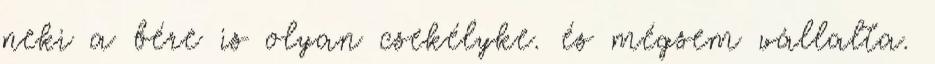
neki a bére is olyan csekélyke. és mégsem vállalta.